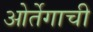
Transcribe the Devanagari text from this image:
ओर्तेगाची